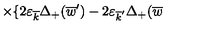
\times \{ 2 \varepsilon _ { \overline { { k } } } \Delta _ { + } ( \overline { { w } } ^ { \prime } ) - 2 \varepsilon _ { \overline { { k } } ^ { \prime } } \Delta _ { + } ( \overline { { w } }